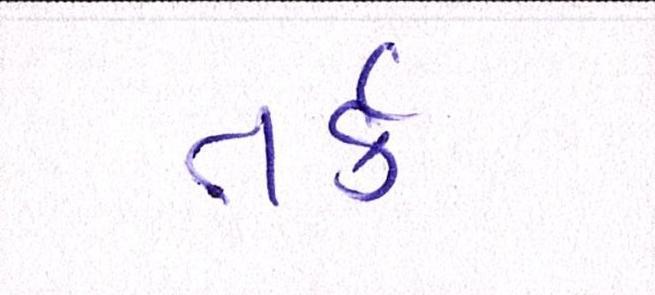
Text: તર્ક